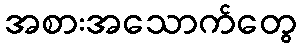
အစားအသောက်တွေ